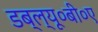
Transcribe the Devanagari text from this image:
डब्ल्यू०बी०ए